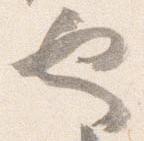
也